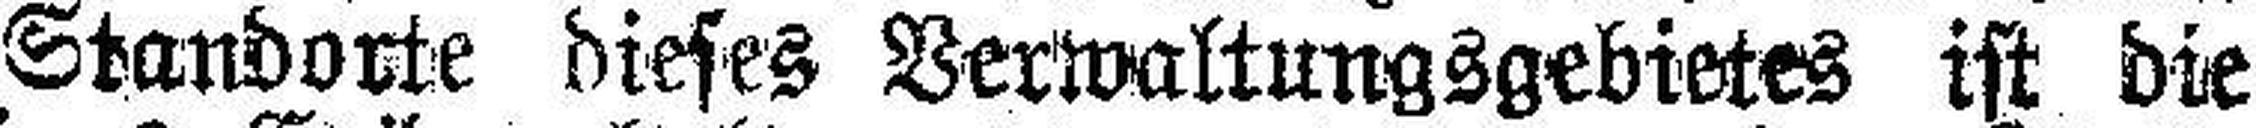
anderen Standorte dieses Verwaltungsgebietes ist die